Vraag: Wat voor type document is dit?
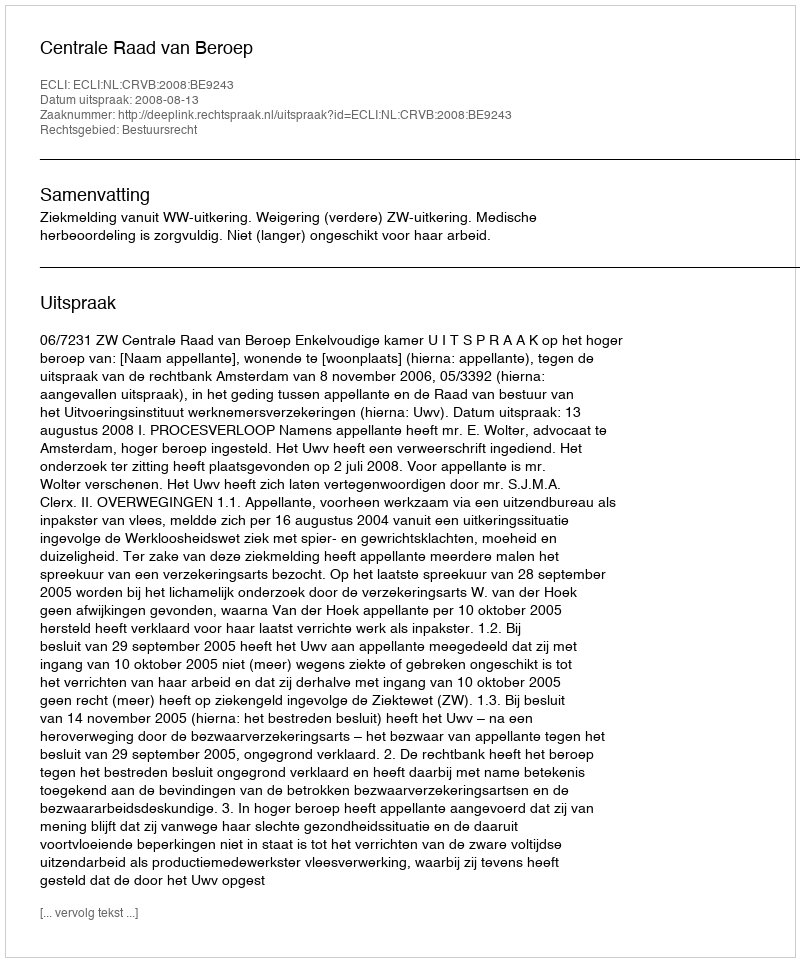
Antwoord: Uitspraak